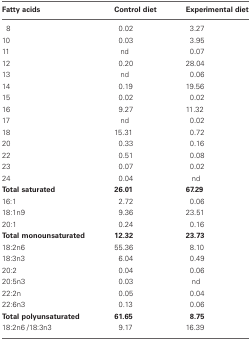
<table><thead><tr><td><b>Fatty acids</b></td><td><b>Control diet</b></td><td><b>Experimental diet</b></td></tr></thead><tbody><tr><td>8</td><td>0.02</td><td>3.27</td></tr><tr><td>10</td><td>0.03</td><td>3.95</td></tr><tr><td>11</td><td>nd</td><td>0.07</td></tr><tr><td>12</td><td>0.20</td><td>28.04</td></tr><tr><td>13</td><td>nd</td><td>0.06</td></tr><tr><td>14</td><td>0.19</td><td>19.56</td></tr><tr><td>15</td><td>0.02</td><td>0.02</td></tr><tr><td>16</td><td>9.27</td><td>11.32</td></tr><tr><td>17</td><td>nd</td><td>0.02</td></tr><tr><td>18</td><td>15.31</td><td>0.72</td></tr><tr><td>20</td><td>0.33</td><td>0.16</td></tr><tr><td>22</td><td>0.51</td><td>0.08</td></tr><tr><td>23</td><td>0.07</td><td>0.02</td></tr><tr><td>24</td><td>0.04</td><td>nd</td></tr><tr><td><b>Total saturated</b></td><td><b>26.01</b></td><td><b>67.29</b></td></tr><tr><td>16:1</td><td>2.72</td><td>0.06</td></tr><tr><td>18:1n9</td><td>9.36</td><td>23.51</td></tr><tr><td>20:1</td><td>0.24</td><td>0.16</td></tr><tr><td><b>Total monounsaturated</b></td><td><b>12.32</b></td><td><b>23.73</b></td></tr><tr><td>18:2n6</td><td>55.36</td><td>8.10</td></tr><tr><td>18:3n3</td><td>6.04</td><td>0.49</td></tr><tr><td>20:2</td><td>0.04</td><td>0.06</td></tr><tr><td>20:5n3</td><td>0.03</td><td>nd</td></tr><tr><td>22:2n</td><td>0.05</td><td>0.04</td></tr><tr><td>22:6n3</td><td>0.13</td><td>0.06</td></tr><tr><td><b>Total polyunsaturated</b></td><td><b>61.65</b></td><td><b>8.75</b></td></tr><tr><td>18:2n6 /18:3n3</td><td>9.17</td><td>16.39</td></tr></tbody></table>